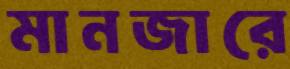
মানজারে